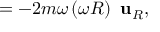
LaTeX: = - 2 m \omega \left( \omega R \right) \ \mathbf { u } _ { R } ,